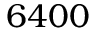
6 4 0 0